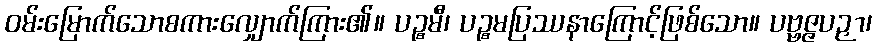
ဝမ်းမြောက်သောစကားလျှောက်ကြား၏။ ပဉ္စမီ၊ ပဉ္စမပြဿနာကြောင့်ဖြစ်သော။ ပဗ္ဗဇ္ဇပဉှာ၊